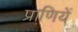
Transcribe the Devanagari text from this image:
प्राणियें